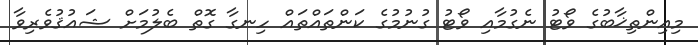
މިއިންތިޚާބުގެ ވޯޓު ނެގުމާއި ވޯޓު ގުނުމުގެ ކަންތައްތައް ހިނގާ ގޮތް ބެލުމަށް ޝައުޤުވެރިވާ